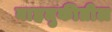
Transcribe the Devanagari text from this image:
वाहतुकीतील